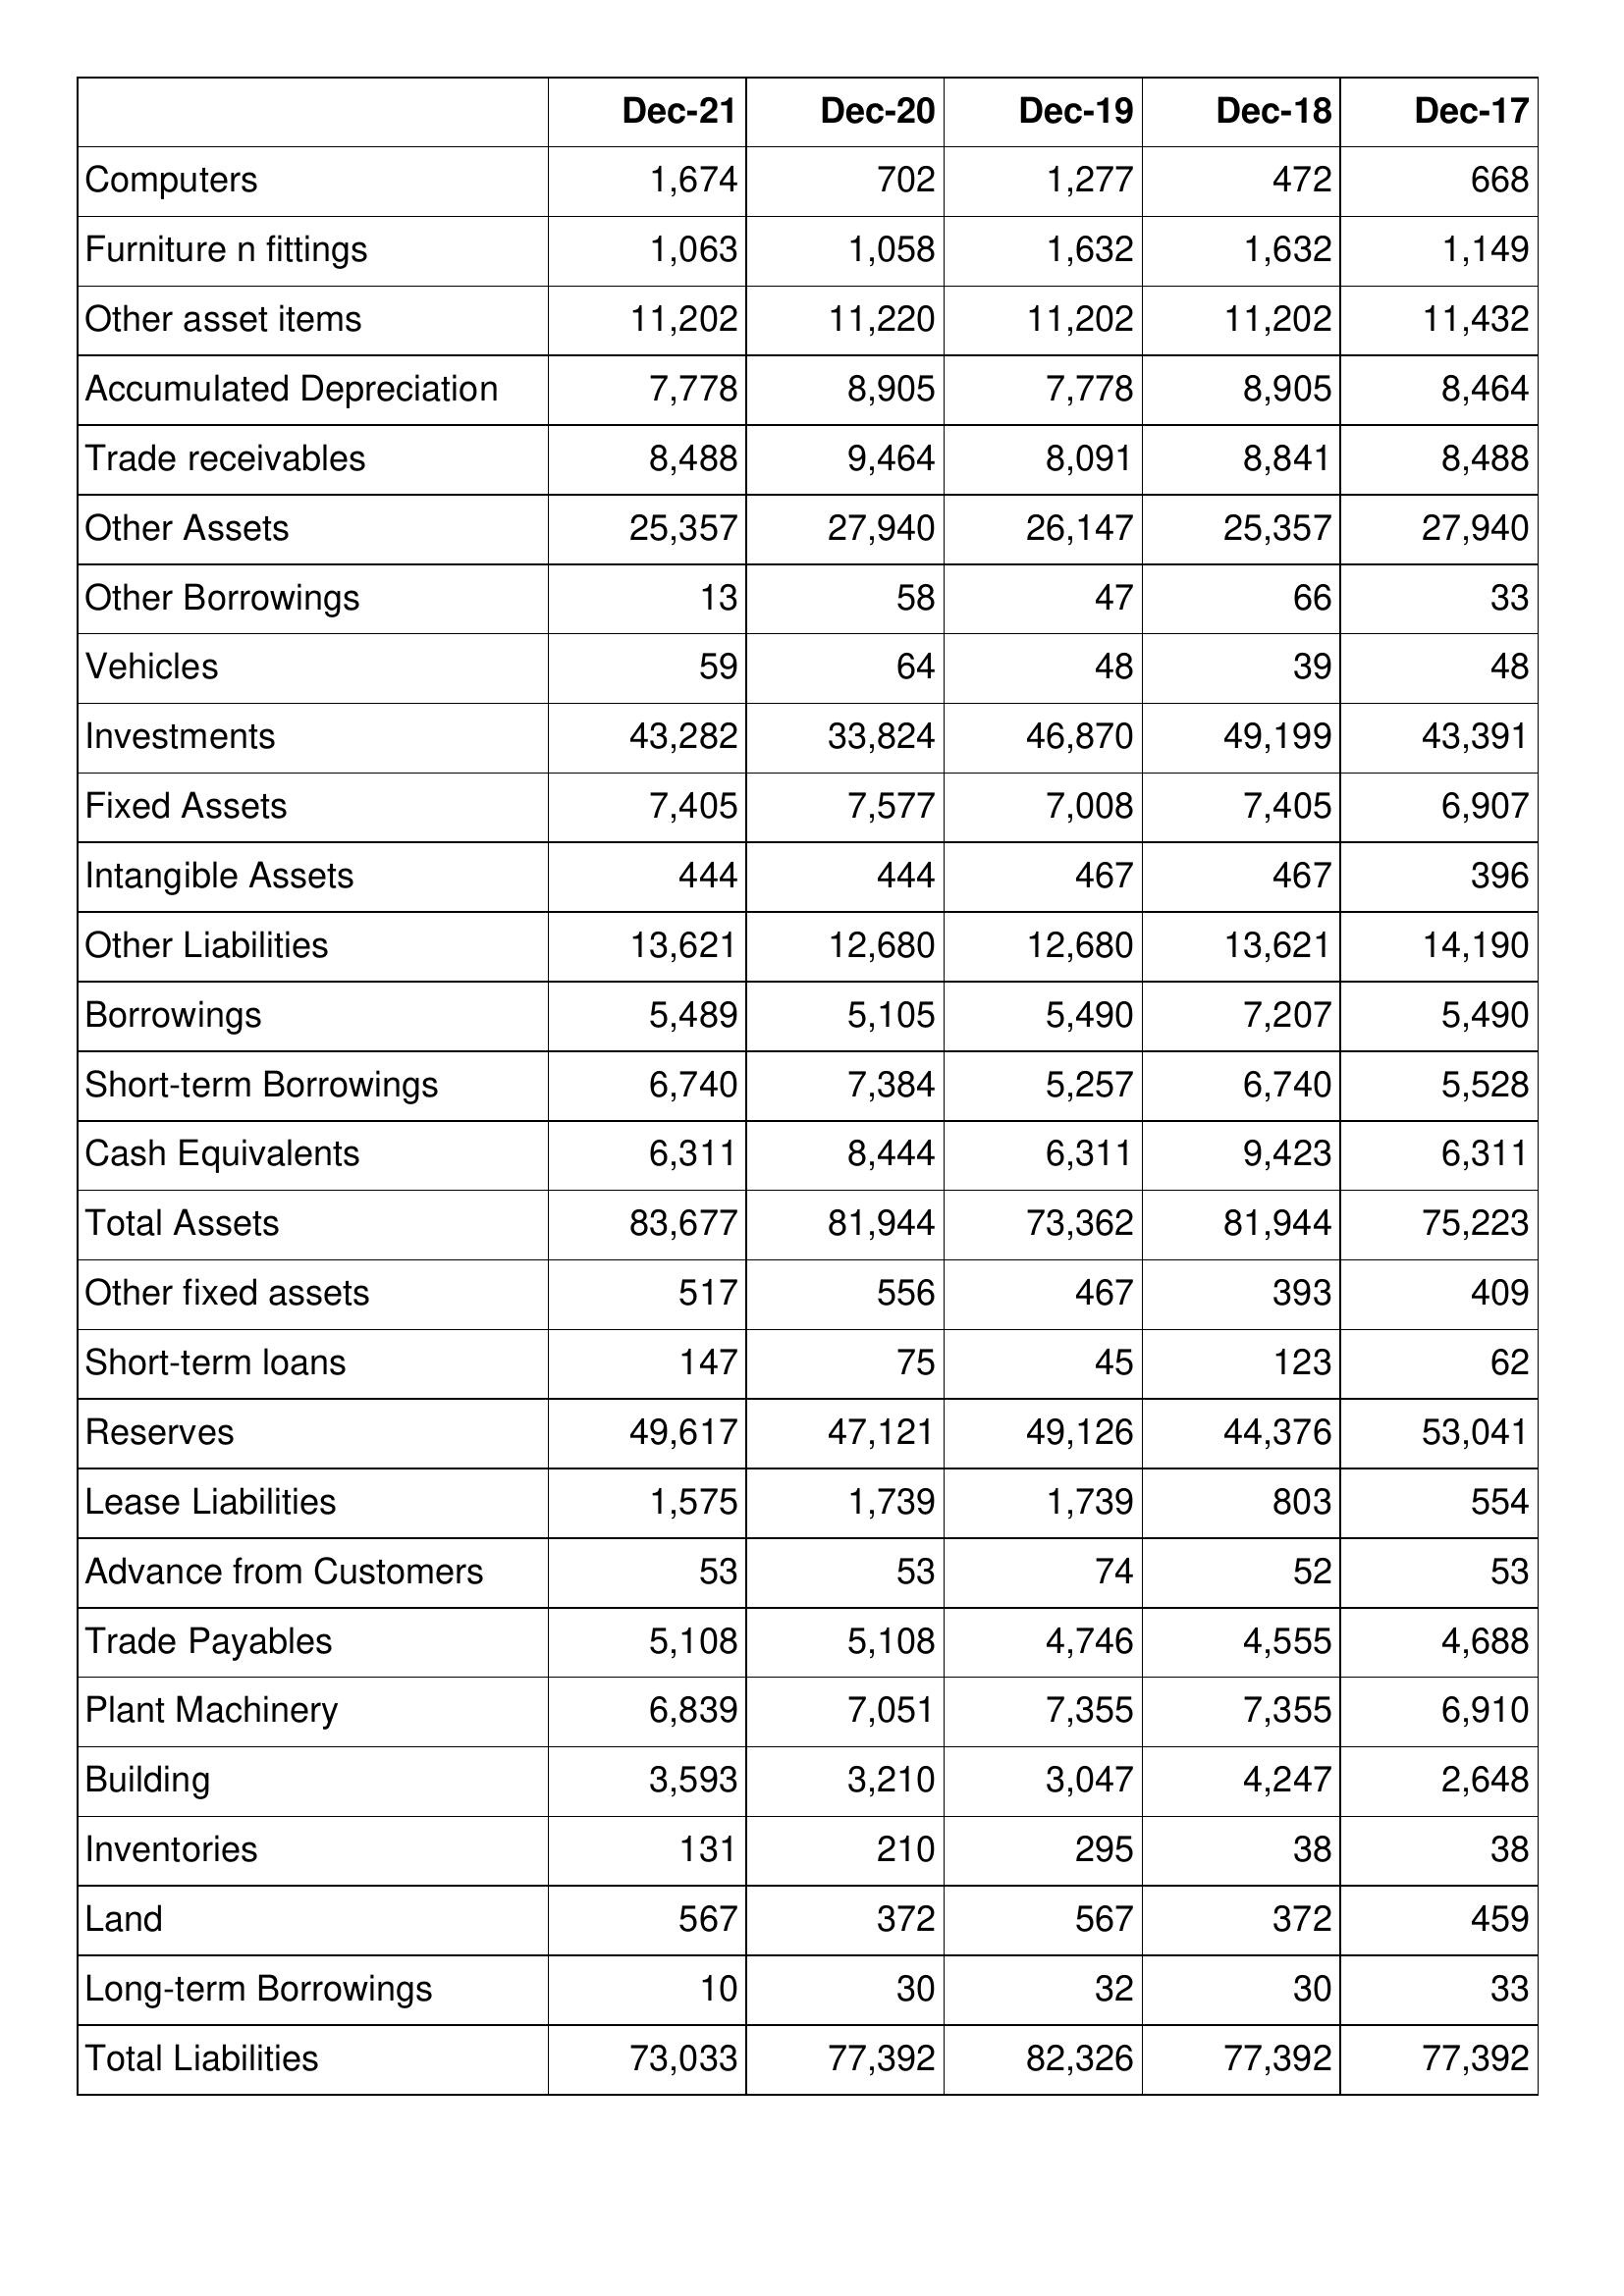
Dec-21: Balance Sheet: Computers: 1,674
Furniture n fittings: 1,063
Other asset items: 11,202
Accumulated Depreciation: 7,778
Trade receivables: 8,488
Other Assets: 25,357
Other Borrowings: 13
Vehicles: 59
Investments: 43,282
Fixed Assets: 7,405
Intangible Assets: 444
Other Liabilities: 13,621
Borrowings: 5,489
Short-term Borrowings: 6,740
Cash Equivalents: 6,311
Total Assets: 83,677
Other fixed assets: 517
Short-term loans: 147
Reserves: 49,617
Lease Liabilities: 1,575
Advance from Customers: 53
Trade Payables: 5,108
Plant Machinery: 6,839
Building: 3,593
Inventories: 131
Land: 567
Long-term Borrowings: 10
Total Liabilities: 73,033
Dec-20: Balance Sheet: Computers: 702
Furniture n fittings: 1,058
Other asset items: 11,220
Accumulated Depreciation: 8,905
Trade receivables: 9,464
Other Assets: 27,940
Other Borrowings: 58
Vehicles: 64
Investments: 33,824
Fixed Assets: 7,577
Intangible Assets: 444
Other Liabilities: 12,680
Borrowings: 5,105
Short-term Borrowings: 7,384
Cash Equivalents: 8,444
Total Assets: 81,944
Other fixed assets: 556
Short-term loans: 75
Reserves: 47,121
Lease Liabilities: 1,739
Advance from Customers: 53
Trade Payables: 5,108
Plant Machinery: 7,051
Building: 3,210
Inventories: 210
Land: 372
Long-term Borrowings: 30
Total Liabilities: 77,392
Dec-19: Balance Sheet: Computers: 1,277
Furniture n fittings: 1,632
Other asset items: 11,202
Accumulated Depreciation: 7,778
Trade receivables: 8,091
Other Assets: 26,147
Other Borrowings: 47
Vehicles: 48
Investments: 46,870
Fixed Assets: 7,008
Intangible Assets: 467
Other Liabilities: 12,680
Borrowings: 5,490
Short-term Borrowings: 5,257
Cash Equivalents: 6,311
Total Assets: 73,362
Other fixed assets: 467
Short-term loans: 45
Reserves: 49,126
Lease Liabilities: 1,739
Advance from Customers: 74
Trade Payables: 4,746
Plant Machinery: 7,355
Building: 3,047
Inventories: 295
Land: 567
Long-term Borrowings: 32
Total Liabilities: 82,326
Dec-18: Balance Sheet: Computers: 472
Furniture n fittings: 1,632
Other asset items: 11,202
Accumulated Depreciation: 8,905
Trade receivables: 8,841
Other Assets: 25,357
Other Borrowings: 66
Vehicles: 39
Investments: 49,199
Fixed Assets: 7,405
Intangible Assets: 467
Other Liabilities: 13,621
Borrowings: 7,207
Short-term Borrowings: 6,740
Cash Equivalents: 9,423
Total Assets: 81,944
Other fixed assets: 393
Short-term loans: 123
Reserves: 44,376
Lease Liabilities: 803
Advance from Customers: 52
Trade Payables: 4,555
Plant Machinery: 7,355
Building: 4,247
Inventories: 38
Land: 372
Long-term Borrowings: 30
Total Liabilities: 77,392
Dec-17: Balance Sheet: Computers: 668
Furniture n fittings: 1,149
Other asset items: 11,432
Accumulated Depreciation: 8,464
Trade receivables: 8,488
Other Assets: 27,940
Other Borrowings: 33
Vehicles: 48
Investments: 43,391
Fixed Assets: 6,907
Intangible Assets: 396
Other Liabilities: 14,190
Borrowings: 5,490
Short-term Borrowings: 5,528
Cash Equivalents: 6,311
Total Assets: 75,223
Other fixed assets: 409
Short-term loans: 62
Reserves: 53,041
Lease Liabilities: 554
Advance from Customers: 53
Trade Payables: 4,688
Plant Machinery: 6,910
Building: 2,648
Inventories: 38
Land: 459
Long-term Borrowings: 33
Total Liabilities: 77,392